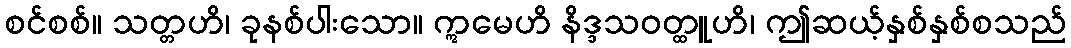
စင်စစ်။ သတ္တဟိ၊ ခုနစ်ပါးသော။ ဣမေဟိ နိဒ္ဒသဝတ္ထူဟိ၊ ဤဆယ့်နှစ်နှစ်စသည်